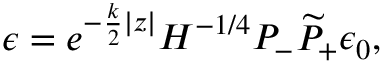
\epsilon = e ^ { - { \frac { k } { 2 } } | z | } { \cal H } ^ { - 1 / 4 } P _ { - } \widetilde P _ { + } \epsilon _ { 0 } ,